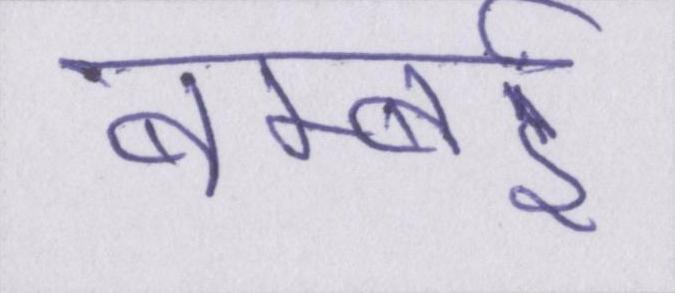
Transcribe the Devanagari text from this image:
बम्बई